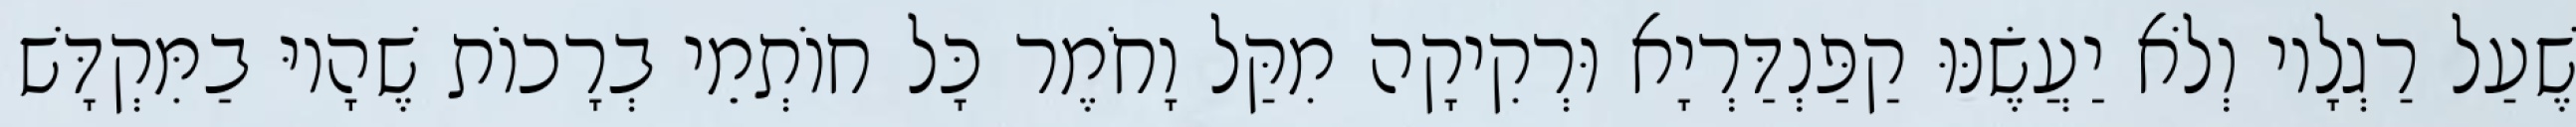
שֶׁעַל רַגְלָיו וְלֹא יַעֲשֶׂנּוּ קַפַּנְדַּרְיָא וּרְקִיקָה מִקַּל וָחֹמֶר כָּל חוֹתְמֵי בְרָכוֹת שֶׁהָיוּ בַמִּקְדָּשׁ